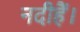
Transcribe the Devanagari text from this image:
नदीहैं।